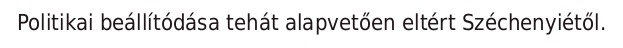
Politikai beállítódása tehát alapvetően eltért Széchenyiétől.